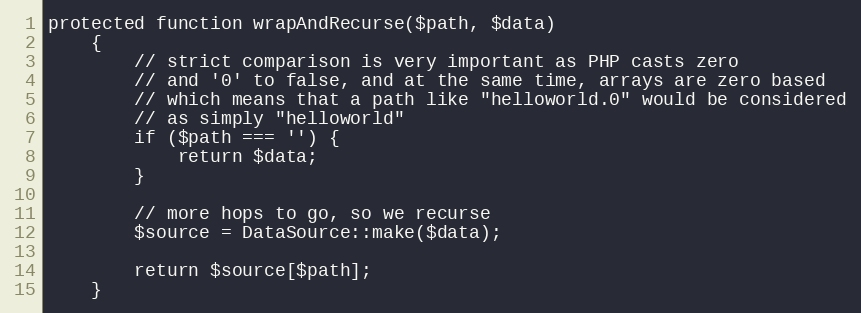
Language: PHP
protected function wrapAndRecurse($path, $data)
    {
        // strict comparison is very important as PHP casts zero
        // and '0' to false, and at the same time, arrays are zero based
        // which means that a path like "helloworld.0" would be considered
        // as simply "helloworld"
        if ($path === '') {
            return $data;
        }

        // more hops to go, so we recurse
        $source = DataSource::make($data);

        return $source[$path];
    }